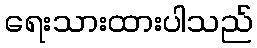
ရေးသားထားပါသည်